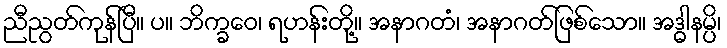
ညီညွတ်ကုန်ပြီ။ ပ။ ဘိက္ခဝေ၊ ရဟန်းတို့။ အနာဂတံ၊ အနာဂတ်ဖြစ်သော။ အဒ္ဓါနမ္ပိ၊